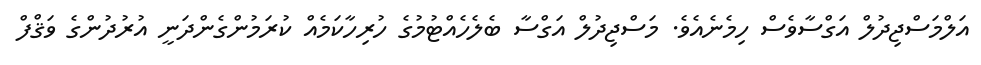
އަލްމަސްޖިދުލް އަގްސާވެސް ހިމެނެއެވެ. މަސްޖިދުލް އަގްސާ ބެލެހެއްޓުމުގެ ހުރިހާކަމެއް ކުރަމުންގެންދަނީ އުރުދުންގެ ވަޤްފް